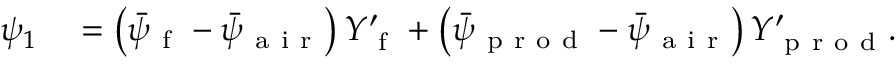
\begin{array} { r l } { \psi _ { 1 } } & { { } = \left( \bar { \psi } _ { \mathrm { ~ f ~ } } - \bar { \psi } _ { \mathrm { ~ a ~ i ~ r ~ } } \right) Y _ { \mathrm { ~ f ~ } } ^ { \prime } + \left( \bar { \psi } _ { \mathrm { ~ p ~ r ~ o ~ d ~ } } - \bar { \psi } _ { \mathrm { ~ a ~ i ~ r ~ } } \right) Y _ { \mathrm { ~ p ~ r ~ o ~ d ~ } } ^ { \prime } . } \end{array}